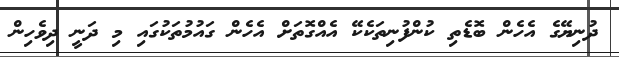
ދުނިޔޭގެ އެހެން ބޮޑެތި ކުންފުނިތަކެކޭ އެއްގޮތަށް އެހެން ގައުމުތަކުގައި މި ދަނީ ދިވެހިން